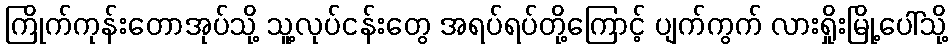
ကြိုက်ကုန်းတောအုပ်သို့ သူ့လုပ်ငန်းတွေ အရပ်ရပ်တို့ကြောင့် ပျက်ကွက် လားရှိုးမြို့ပေါ်သို့